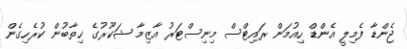
ޖެންޑާ ފެމިލީ އެންޑް ހިއުމަން ރައިޓްސް މިނިސްޓަރު އާޒިމާ ޝަކޫރުގެ ޚިތާބުން ކުރެހިގެން